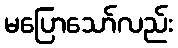
မပြောသော်လည်း